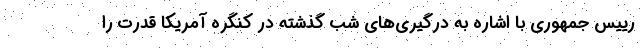
رییس جمهوری با اشاره به درگیری‌های شب گذشته در کنگره آمریکا قدرت را